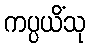
ကပ္ပယိံသု